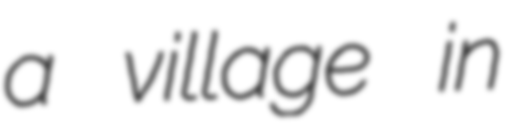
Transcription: a village in